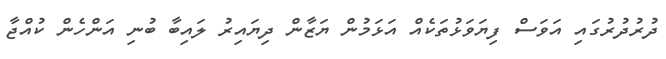
ދުރުދުރުގައި އަވަސް ފިޔަވަޅުތަކެއް އަޅަމުން ޔަޒާން ދިޔައިރު ލައިބާ ބުނި އަންހެން ކުއްޖާ